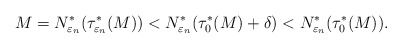
\begin{align*}M=N^*_{\varepsilon_n}(\tau^*_{\varepsilon_n}(M)) <N^*_{\varepsilon_n}(\tau_0^*(M)+\delta) < N_{\varepsilon_n}^*(\tau_0^*(M)).\end{align*}